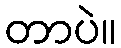
တာပဲ။